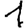
Digit: 1